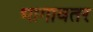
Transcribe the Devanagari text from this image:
भागावतर